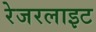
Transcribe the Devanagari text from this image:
रेजरलाइट